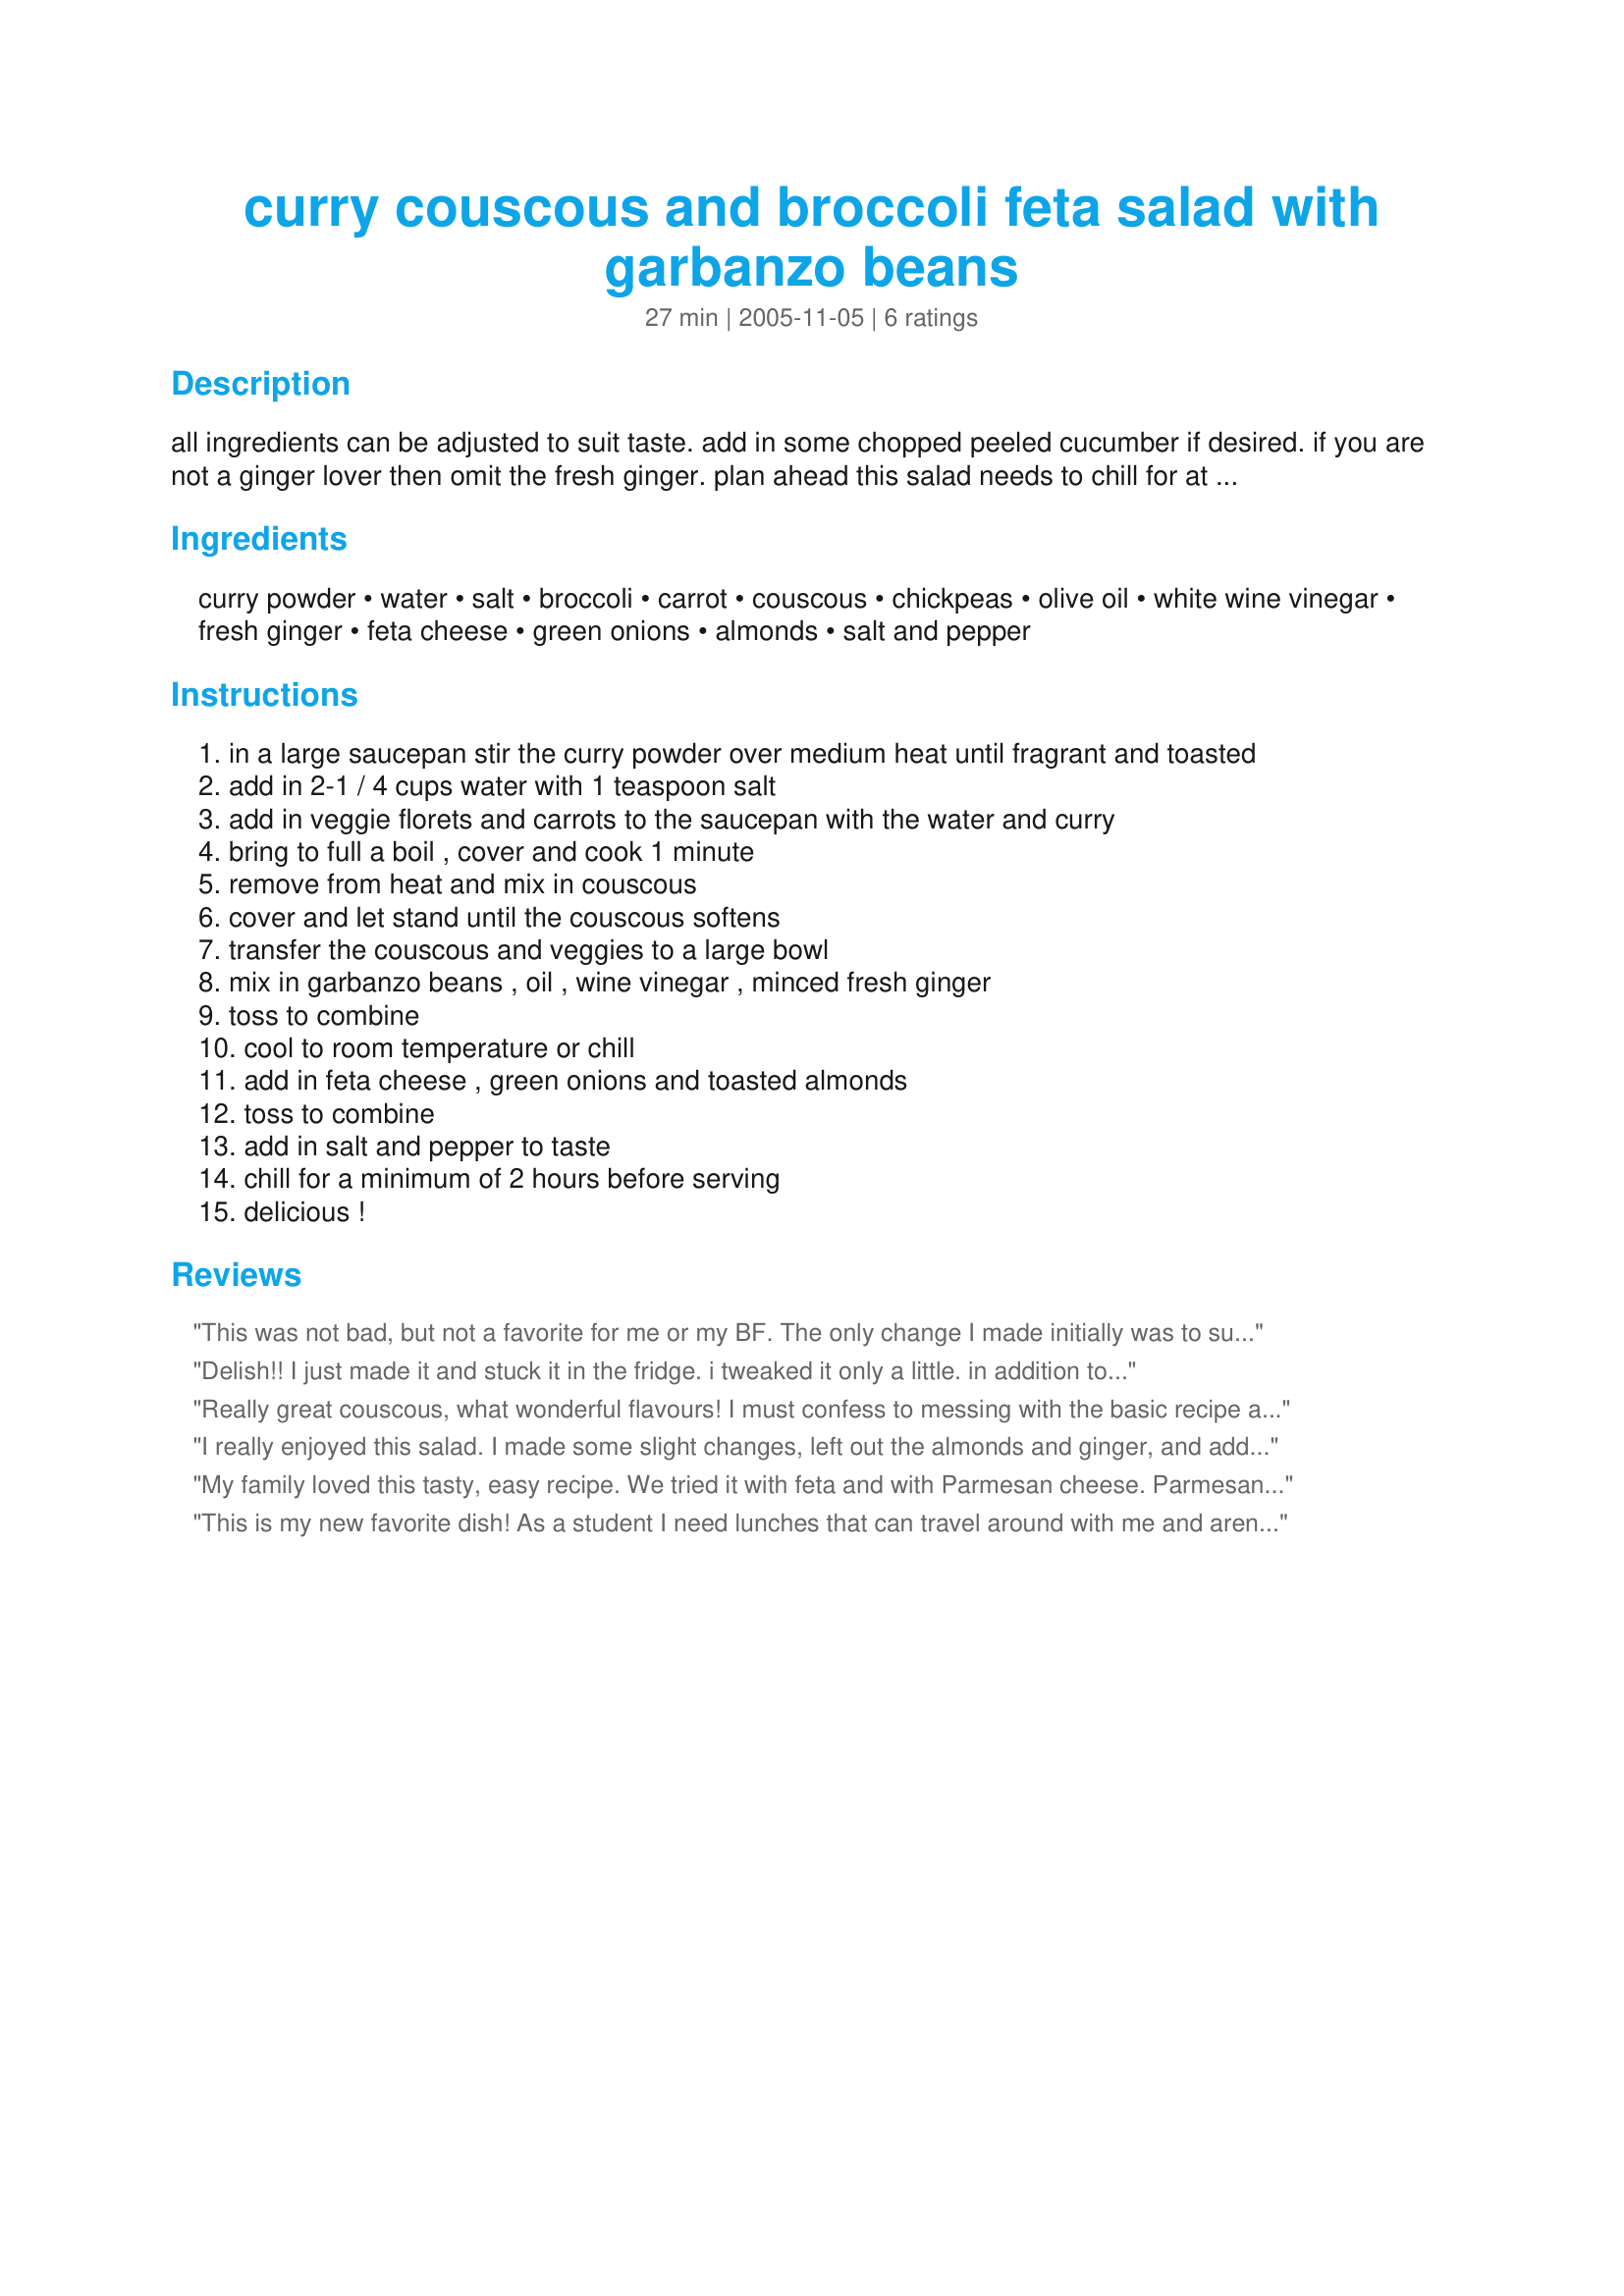
curry couscous and broccoli feta salad with garbanzo beans
Preparation time: 27 minutes

all ingredients can be adjusted to suit taste. add in some chopped peeled cucumber if desired. if you are not a ginger lover then omit the fresh ginger. plan ahead this salad needs to chill for at least 2 hours before serving.

Ingredients:
curry powder, water, salt, broccoli, carrot, couscous, chickpeas, olive oil, white wine vinegar, fresh ginger, feta cheese, green onions, almonds, salt and pepper

Steps:
in a large saucepan stir the curry powder over medium heat until fragrant and toasted
add in 2-1 / 4 cups water with 1 teaspoon salt
add in veggie florets and carrots to the saucepan with the water and curry
bring to full a boil , cover and cook 1 minute
remove from heat and mix in couscous
cover and let stand until the couscous softens
transfer the couscous and veggies to a large bowl
mix in garbanzo beans , oil , wine vinegar , minced fresh ginger
toss to combine
cool to room temperature or chill
add in feta cheese , green onions and toasted almonds
toss to combine
add in salt and pepper to taste
chill for a minimum of 2 hours before serving
delicious !

Reviews:
This was not bad, but not a favorite for me or my BF. The only change I made initially was to substitute quinoa for the couscous for a little extra nutrition. Once the dish was made, we thought it was just too bland. I added lemon juice for more bite and dried cranberries for a little sweetness. I may not use this exact recipe again, but will definitely use the feta/chickpea/toasted almond combo in the future.
Delish!! I just made it and stuck it in the fridge. i tweaked it only a little. in addition to the curry powder i added 2 tbsp of chat masala to the mix. i thought too, for my daughter, i might boil some eggs and add that on top when i serve it. the feta and green onion are heaven. this recipe would not be complete without it...although without the feta this is a wonderful vegan dish. thanks!! this is a fun, colorful, EASY dish. my only suggestion is to do this with fresh chickpeas...
Really great couscous, what wonderful flavours! I must confess to messing with the basic recipe a bit though - for the two of us I used 3/4 cup couscous and water and only 2 tablespoons olive oil. I threw the chickpeas and spring onions into the mix when I added the water and served this warm with the feta and almonds tossed through. I'm really looking forwards to leftovers for lunch, thanks for another great recipe kittencal!
I really enjoyed this salad. I made some slight changes, left out the almonds and ginger, and added some lemon juice to finish. I really liked the addition of the feta! Also preferred it warm over cold. Thank you!
My family loved this tasty, easy recipe. We tried it with feta and with Parmesan cheese. Parmesan was the favorite. Next time I will grate the ginger so there aren&#039;t and strong bits in some bites.
This is my new favorite dish! As a student I need lunches that can travel around with me and aren't expensive to make, and this dish fits the bill as well as being absolutely delicious!! I cut up way too much broccoli and had to use much more water than was called for and had my doubts about the whole thing until I tasted the result...Crunchy toasted almonds, fresh ginger, green onions, chunky feta, and the veggies and quinoa (which I used in place of cous cous), mmmmmmm! Make this dish! It's filling and amazing!
